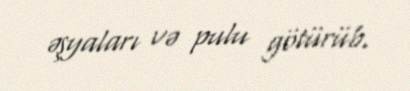
əşyaları və pulu götürüb.